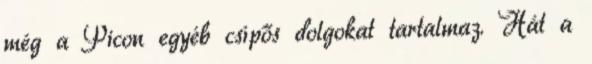
még a Picon egyéb csípős dolgokat tartalmaz. Hát a